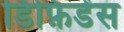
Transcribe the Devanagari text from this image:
डिफ़िडेंस